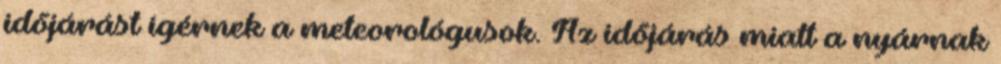
időjárást ígérnek a meteorológusok. Az időjárás miatt a nyárnak